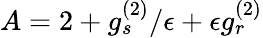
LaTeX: A=2+g_{s}^{(2)}/\epsilon+\epsilon g_{r}^{(2)}